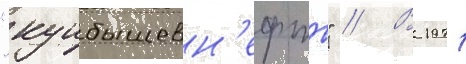
"куибышевн'ефть" // В 1971